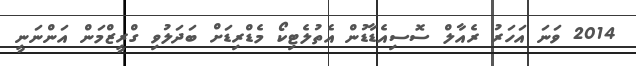
2014 ވަނަ އަހަރު ރެއާލް ސޮސިއެޑާޑުން އެތުލެޓިކޯ މެޑްރިޑަށް ބަދަލުވި ގްރީޒްމަން އަންނަނީ